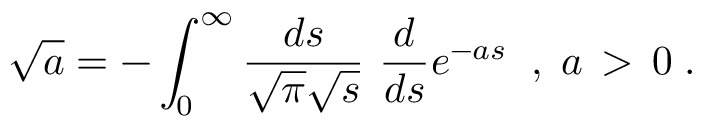
\sqrt { a } = - \int _ { 0 } ^ { \infty } \frac { d s } { \sqrt { \pi } \sqrt { s } } \, \, \frac { d } { d s } e ^ { - a s } \; \; , \; a \, > \, 0 \; .